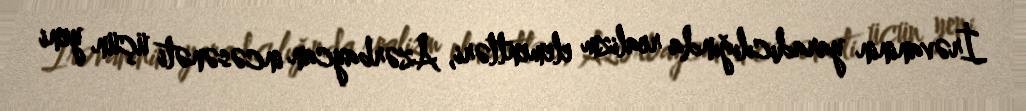
İrəvaninin yaradıcılığında realizm elementləri, Azərbaycan incəsənəti üçün yeni